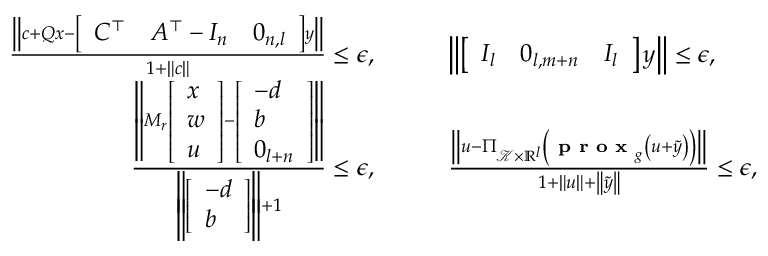
\begin{array} { r l } { \frac { \left\| c + Q x - \left[ \begin{array} { l l l } { C ^ { \top } } & { A ^ { \top } - I _ { n } } & { 0 _ { n , l } } \end{array} \right] y \right\| } { 1 + \| c \| } \leq \epsilon , } & { \qquad \left\| \left[ \begin{array} { l l l } { I _ { l } } & { 0 _ { l , m + n } } & { I _ { l } } \end{array} \right] y \right\| \leq \epsilon , } \\ { \frac { \left\| M _ { r } \left[ \begin{array} { l } { x } \\ { w } \\ { u } \end{array} \right] - \left[ \begin{array} { l } { - d } \\ { b } \\ { 0 _ { l + n } } \end{array} \right] \right\| } { \left\| \left[ \begin{array} { l } { - d } \\ { b } \end{array} \right] \right\| + 1 } \leq \epsilon , } & { \qquad \frac { \left\| u - \Pi _ { \mathcal { K } \times \mathbb { R } ^ { l } } \left( \textbf { p r o x } _ { g } \left( u + \tilde { y } \right) \right) \right\| } { 1 + \| u \| + \left\| \tilde { y } \right\| } \leq \epsilon , } \end{array}